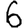
Digit: 6